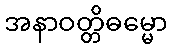
အနာဝတ္တိဓမ္မော